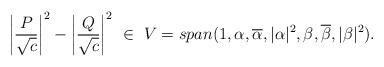
LaTeX: \begin{align*}\left| \frac{ P}{\sqrt{c}} \right| ^{2}-\left| \frac{ Q}{\sqrt{c}} \right|^{2}\ \in\ V=span(1,\alpha,\overline{\alpha},|\alpha|^{2},\beta,\overline{\beta},|\beta|^{2}).\end{align*}